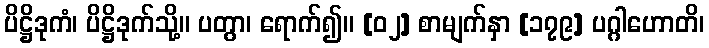
ပိဋ္ဌိဒုကံ၊ ပိဋ္ဌိဒုက်သို့။ ပတွာ၊ ရောက်၍။ [၀၂] စာမျက်နှာ [၁၇၉] ပဂ္ဂါဟောတိ၊